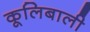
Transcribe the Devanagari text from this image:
कूलिबाली